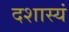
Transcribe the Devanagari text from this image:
दशास्यं